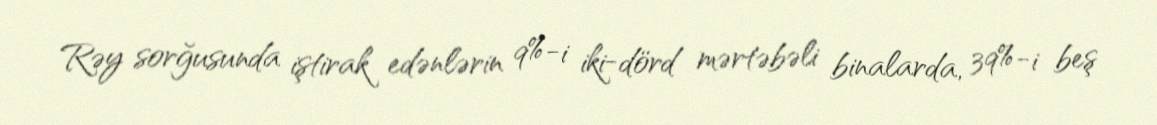
Rəy sorğusunda iştirak edənlərin 9%-i iki-dörd mərtəbəli binalarda, 39%-i beş